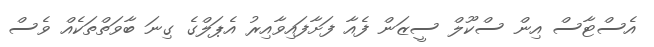
އެސްޓާސް އިން ސްކޫލް ސީޒަން ފެއާ ފަށާފައިވާއިރު އެޕަލްގެ ގިނަ ބާވަތްތަކެއް ވެސް